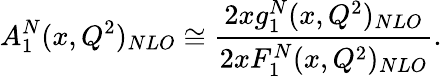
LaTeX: A_{1}^{N}(x,Q^{2})_{NLO}\cong{\frac{2xg_{1}^{N}(x,Q^{2})_{NLO}}{2xF_{1}^{N}(x,Q^{2})_{NLO}}}.